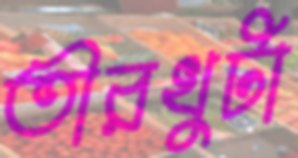
তীরখুটা